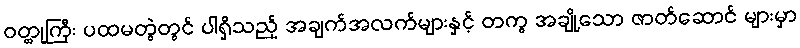
ဝတ္ထုကြီး ပထမတွဲတွင် ပါရှိသည့် အချက်အလက်များနှင့် တကွ အချို့သော ဇာတ်ဆောင် များမှာ